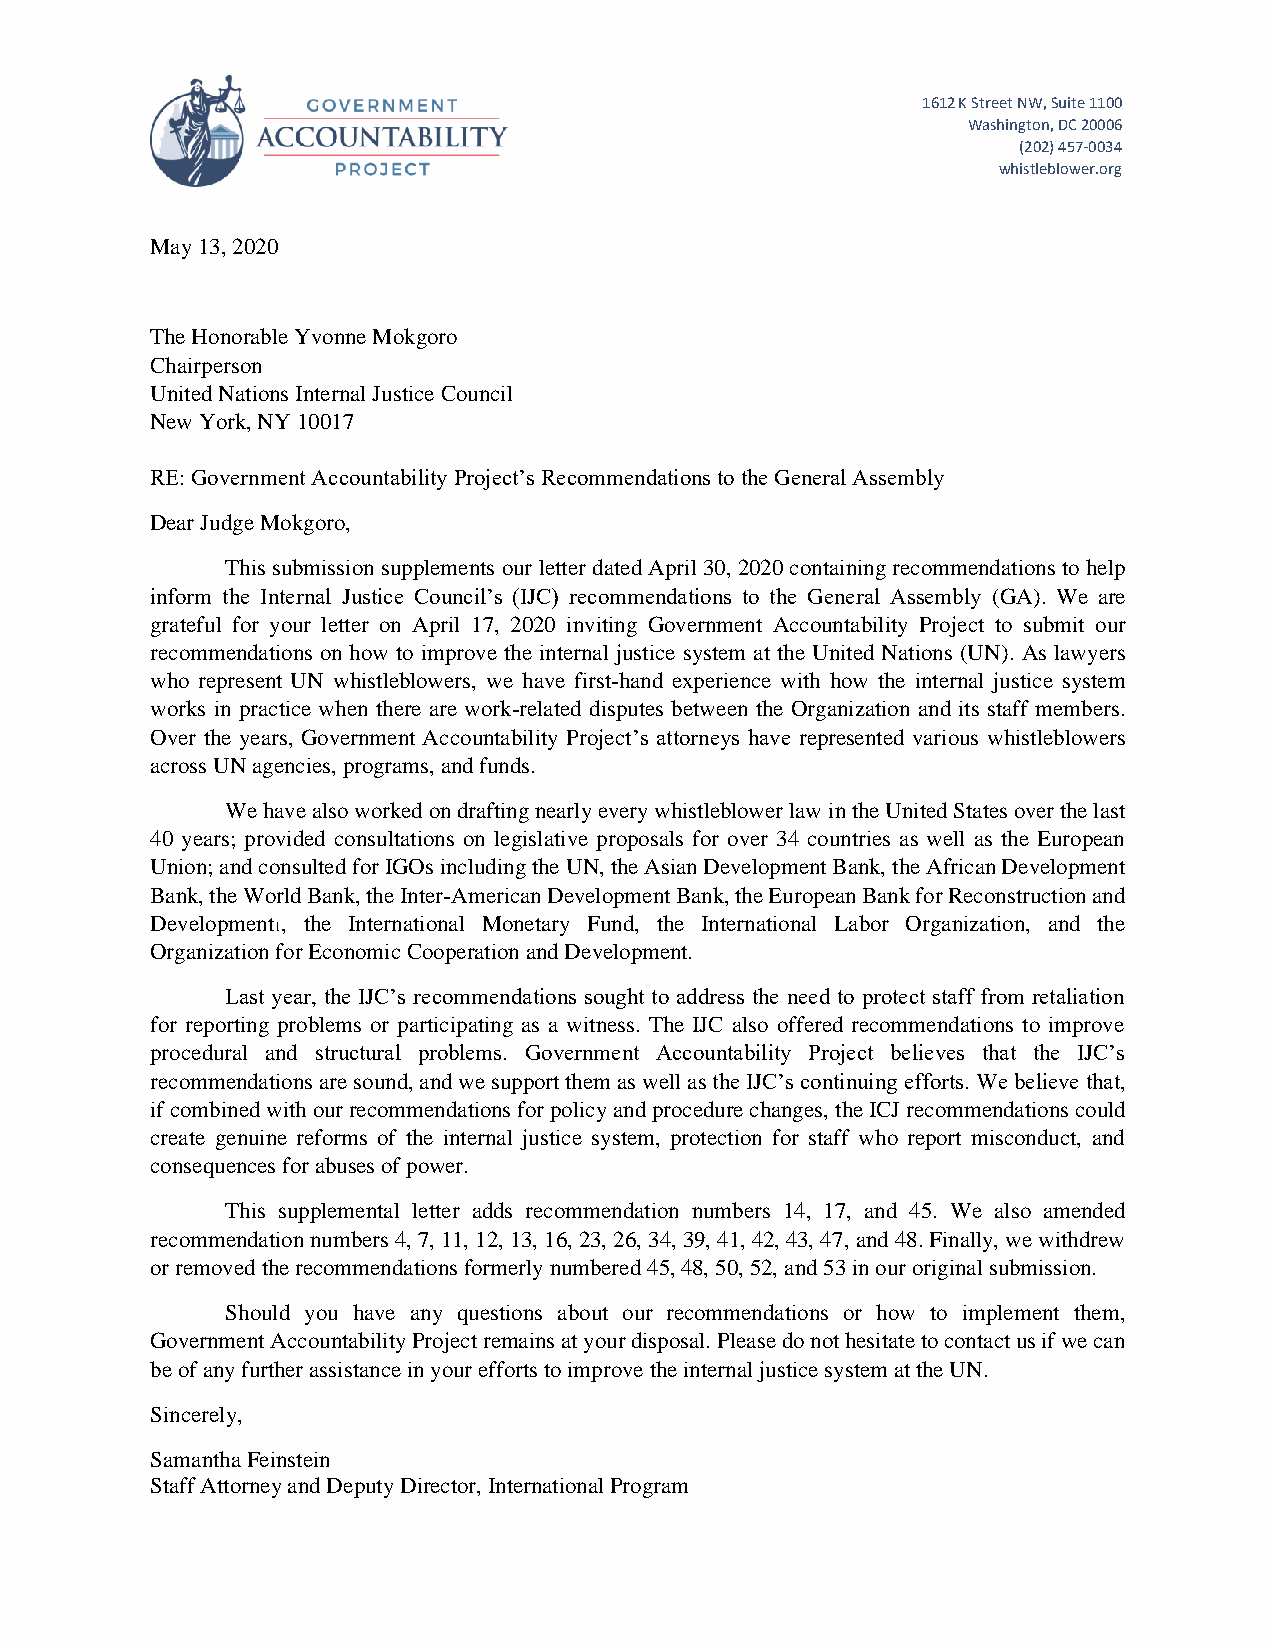
1612 K Street NW, Suite 1100
 Washington, DC 20006
 (202) 457-0034
 whistleblower.org
 May 13, 2020
 The Honorable Yvonne Mokgoro
 Chairperson
 United Nations Internal Justice Council
 New York, NY 10017
 RE: Government Accountability Project’s Recommendations to the General Assembly
 Dear Judge Mokgoro,
 This submission supplements our letter dated April 30, 2020 containing recommendations to help
 inform the Internal Justice Council’s (IJC) recommendations to the General Assembly (GA). We are
 grateful for your letter on April 17, 2020 inviting Government Accountability Project to submit our
 recommendations on how to improve the internal justice system at the United Nations (UN). As lawyers
 who represent UN whistleblowers, we have first-hand experience with how the internal justice system
 works in practice when there are work-related disputes between the Organization and its staff members.
 Over the years, Government Accountability Project’s attorneys have represented various whistleblowers
 across UN agencies, programs, and funds.
 We have also worked on drafting nearly every whistleblower law in the United States over the last
 40 years; provided consultations on legislative proposals for over 34 countries as well as the European
 Union; and consulted for IGOs including the UN, the Asian Development Bank, the African Development
 Bank, the World Bank, the Inter-American Development Bank, the European Bank for Reconstruction and
 Development , the International Monetary Fund, the International Labor Organization, and the
 1
 Organization for Economic Cooperation and Development.
 Last year, the IJC’s recommendations sought to address the need to protect staff from retaliation
 for reporting problems or participating as a witness. The IJC also offered recommendations to improve
 procedural and structural problems. Government Accountability Project believes that the IJC’s
 recommendations are sound, and we support them as well as the IJC’s continuing efforts. We believe that,
 if combined with our recommendations for policy and procedure changes, the ICJ recommendations could
 create genuine reforms of the internal justice system, protection for staff who report misconduct, and
 consequences for abuses of power.
 This supplemental letter adds recommendation numbers 14, 17, and 45. We also amended
 recommendation numbers 4, 7, 11, 12, 13, 16, 23, 26, 34, 39, 41, 42, 43, 47, and 48. Finally, we withdrew
 or removed the recommendations formerly numbered 45, 48, 50, 52, and 53 in our original submission.
 Should you have any questions about our recommendations or how to implement them,
 Government Accountability Project remains at your disposal. Please do not hesitate to contact us if we can
 be of any further assistance in your efforts to improve the internal justice system at the UN.
 Sincerely,
 Samantha Feinstein
 Staff Attorney and Deputy Director, International Program